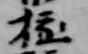
極